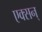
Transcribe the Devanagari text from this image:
एक्सन्